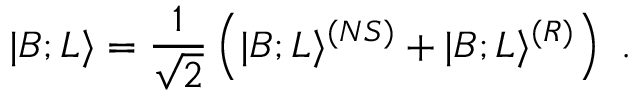
| B ; L \rangle = { \frac { 1 } { \sqrt { 2 } } } \left( | B ; L \rangle ^ { ( N S ) } + | B ; L \rangle ^ { ( R ) } \right) ~ .